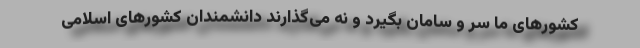
کشورهای ما سر و سامان بگیرد و نه می‌گذارند دانشمندان کشورهای اسلامی